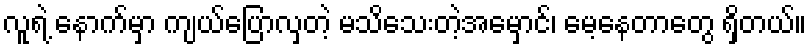
လူရဲ့ နောက်မှာ ကျယ်ပြောလှတဲ့ မသိသေးတဲ့အမှောင်၊ မေ့နေတာတွေ ရှိတယ်။